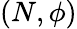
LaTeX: (N,\phi)